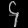
Digit: ၄